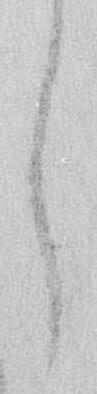
し